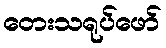
တေးသရုပ်ဖော်